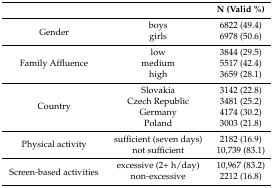
<table><thead><tr><td></td><td></td><td><b>N (Valid %)</b></td></tr></thead><tbody><tr><td rowspan="2">Gender</td><td>boys</td><td>6822 (49.4)</td></tr><tr><td>girls</td><td>6978 (50.6)</td></tr><tr><td rowspan="3">Family Affluence</td><td>low</td><td>3844 (29.5)</td></tr><tr><td>medium</td><td>5517 (42.4)</td></tr><tr><td>high</td><td>3659 (28.1)</td></tr><tr><td rowspan="4">Country</td><td>Slovakia</td><td>3142 (22.8)</td></tr><tr><td>Czech Republic</td><td>3481 (25.2)</td></tr><tr><td>Germany</td><td>4174 (30.2)</td></tr><tr><td>Poland</td><td>3003 (21.8)</td></tr><tr><td rowspan="2">Physical activity</td><td>sufficient (seven days)</td><td>2182 (16.9)</td></tr><tr><td>not sufficient</td><td>10,739 (83.1)</td></tr><tr><td rowspan="2">Screen-based activities</td><td>excessive (2+ h/day)</td><td>10,967 (83.2)</td></tr><tr><td>non-excessive</td><td>2212 (16.8)</td></tr></tbody></table>